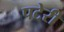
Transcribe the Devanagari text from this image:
पटेरी